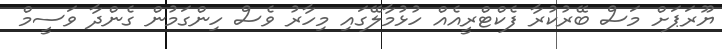
ޔޫރަޕަށް މަސް ބޭރުކުރާ ފެކްޓްރީއެއް ހުޅުމާލޭގައި މިހާރު ވެސް ހިންގަމުން ގެންދާ ވަސީމް